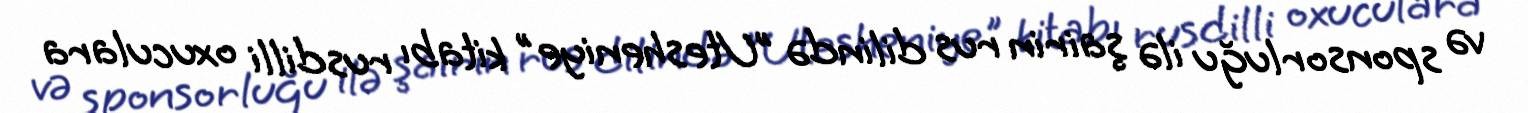
və sponsorluğu ilə şairin rus dilində "Utesheniye" kitabı rusdilli oxuculara